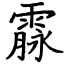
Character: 霡